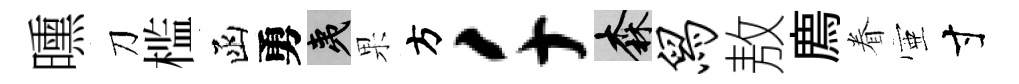
曛刀槛函勇夷果方千森舄敖廌眷壺寸